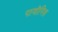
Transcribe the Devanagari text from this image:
पावोनिस